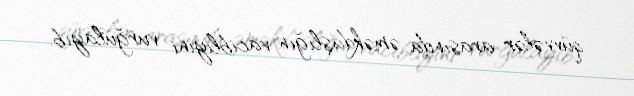
qüvvələr arasında əməkdaşlığın vacibliyini vurğulayıb.